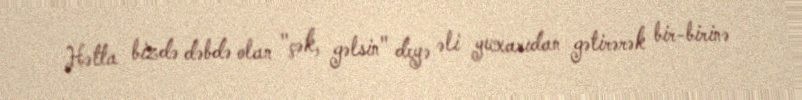
Hətta bizdə dəbdə olan "çək, gəlsin" deyə əli yuxarıdan gətirərək bir-birinə